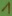
Text: 1